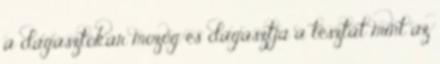
a dagasztókar mozog és dagasztja a tésztát mint az